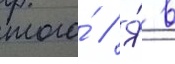
того́ // Я́ в